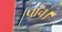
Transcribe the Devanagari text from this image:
पांच।